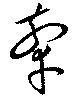
牽